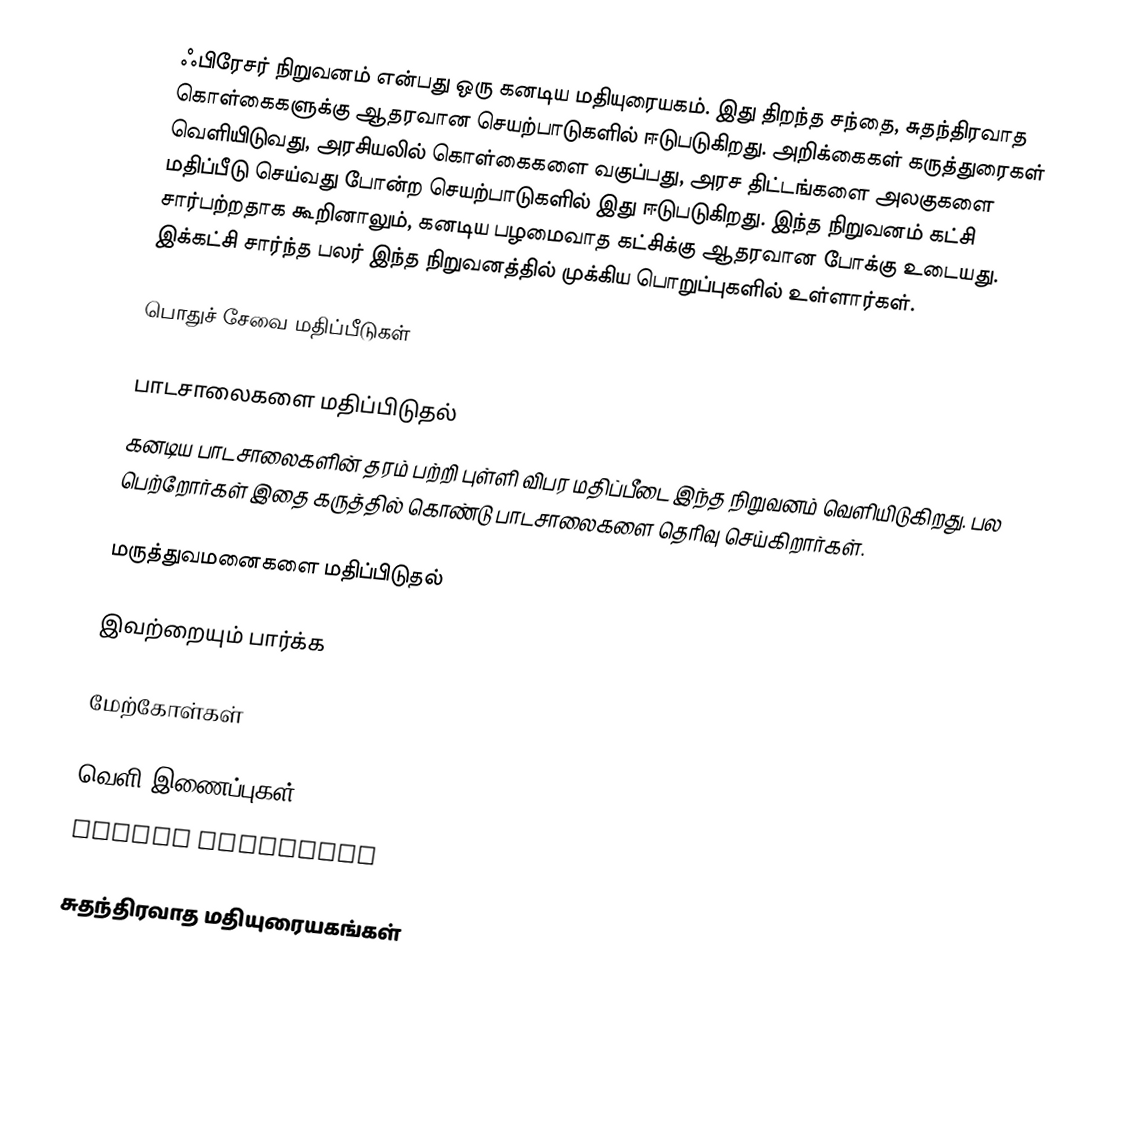
ஃபிரேசர் நிறுவனம் என்பது ஒரு கனடிய மதியுரையகம்.  இது திறந்த சந்தை, சுதந்திரவாத கொள்கைகளுக்கு ஆதரவான செயற்பாடுகளில் ஈடுபடுகிறது.  அறிக்கைகள் கருத்துரைகள் வெளியிடுவது, அரசியலில் கொள்கைகளை வகுப்பது, அரச திட்டங்களை அலகுகளை மதிப்பீடு செய்வது போன்ற செயற்பாடுகளில் இது ஈடுபடுகிறது.  இந்த நிறுவனம் கட்சி சார்பற்றதாக கூறினாலும், கனடிய பழமைவாத கட்சிக்கு ஆதரவான போக்கு உடையது.  இக்கட்சி சார்ந்த பலர் இந்த நிறுவனத்தில் முக்கிய பொறுப்புகளில் உள்ளார்கள்.

பொதுச் சேவை மதிப்பீடுகள்

பாடசாலைகளை மதிப்பிடுதல்
கனடிய பாடசாலைகளின் தரம் பற்றி புள்ளி விபர மதிப்பீடை இந்த நிறுவனம் வெளியிடுகிறது.  பல பெற்றோர்கள் இதை கருத்தில் கொண்டு பாடசாலைகளை தெரிவு செய்கிறார்கள்.

மருத்துவமனைகளை மதிப்பிடுதல்

இவற்றையும் பார்க்க

மேற்கோள்கள்

வெளி இணைப்புகள்
 Fraser Institute

சுதந்திரவாத மதியுரையகங்கள்